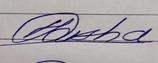
Signature authenticity: genuine